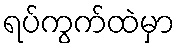
ရပ်ကွက်ထဲမှာ